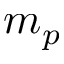
m _ { p }